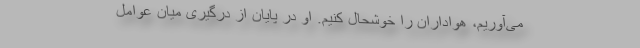
می‌آوریم، هواداران را خوشحال کنیم. او در پایان از درگیری میان عوامل